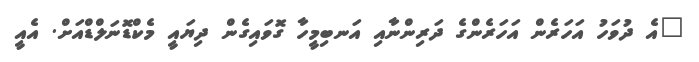
"އެ ދުވަހު އަހަރެން އަހަރެންގެ ދަރިންނާއި އަނބިމީހާ ގޮވައިގެން ދިޔައީ މެކްޑޮނަލްޑްއަށް. އެއީ